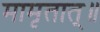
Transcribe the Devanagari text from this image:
मामृतात्॥